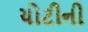
ચોટીની